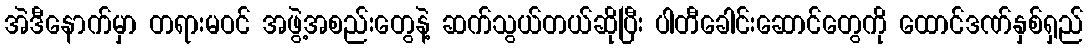
အဲဒီနောက်မှာ တရားမဝင် အဖွဲ့အစည်းတွေနဲ့ ဆက်သွယ်တယ်ဆိုပြီး ပါတီခေါင်းဆောင်တွေကို ထောင်ဒဏ်နှစ်ရှည်